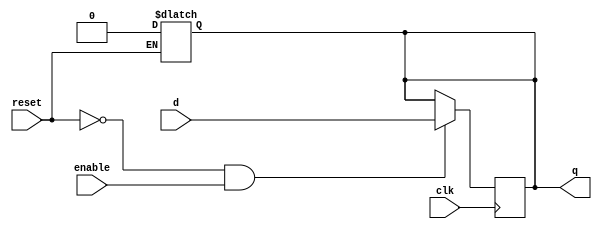
// dffe: D-type flip-flop with enable
//
// q      (output) - Current value of flip flop
// d      (input)  - Next value of flip flop
// clk    (input)  - Clock (positive edge-sensitive)
// enable (input)  - Load new value? (yes = 1, no = 0)
// reset  (input)  - Asynchronous reset   (reset =  1)
//
module dffe(q, d, clk, enable, reset);
    output q;
    reg    q;
    input  d;
    input  clk, enable, reset;
 
    always@(reset)
      if (reset == 1'b1)
        q <= 0;
 
    always@(posedge clk)
      if ((reset == 1'b0) && (enable == 1'b1))
        q <= d;
endmodule // dffe


module l_reader(L, bits, clk, restart);
    output      L;
    input [2:0] bits;
    input       restart, clk;
    wire        sBlank, sBlank_next, sL, sL_next,
		sL_second, sL_second_next, sL_end, sL_end_next,
		sGarbage, sGarbage_next;

	assign in000 = bits == 3'b000;
	assign in111 = bits == 3'b111;
	assign in001 = bits == 3'b001;
	
	assign sBlank_next = ~restart & ((sBlank | sL_end | sGarbage| sL) & in000);
	assign sL_next     = ~restart & ((sL_end | sBlank)& in111);
	assign sL_second_next = ~restart & ((sL & in001) );
	assign sL_end_next  = ~restart & (sL_second & in000);
	assign sGarbage_next = restart | (((sBlank | sL_end)& ~(in000 | in111))| ((sGarbage | sL_second) & ~(in000)) | (sL & ~(in000|in001)));

	dffe fsBlank(sBlank, sBlank_next, clk, 1'b1, 1'b0);
	dffe fsGarbage(sGarbage, sGarbage_next, clk, 1'b1, 1'b0);
	dffe fsL1(sL,sL_next,clk, 1'b1, 1'b0);
	dffe fsL2(sL_second,sL_second_next, clk, 1'b1, 1'b0);
	dffe fsL_end(sL_end, sL_end_next, clk, 1'b1, 1'b0);   

	assign L = sL_end;  // | other condition ... 
        
   // dffe fsBlank(sBlank, sBlank_next, clk, 1'b1, 1'b0);
    
endmodule // l_reader